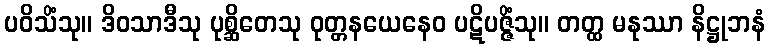
ပဝိသိံသု။ ဒိဝသာဒီသု ပုစ္ဆိတေသု ဝုတ္တနယေနေဝ ပဋိပဇ္ဇိံသု။ တတ္ထ မနုဿာ နိဋ္ဌုဘနံ